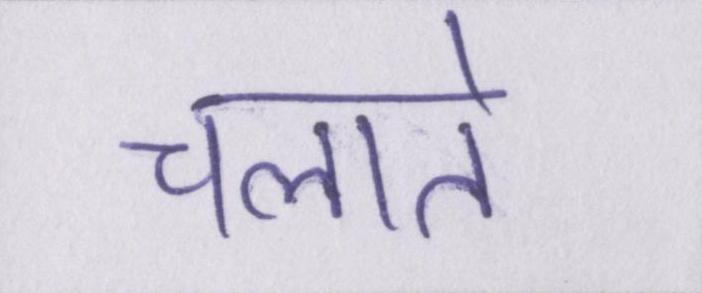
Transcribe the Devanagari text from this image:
चलाते